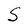
Character: S